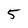
Character: 5